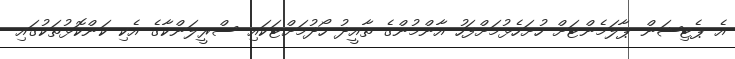
އެ ޕެޓިޝަން ޕާލަމެންޓަށް ހުށަހެޅުމަށްފަހު އާންމުންގެ ތާއީދު ހޯދުމަށްޓަކައި ސްރީލަންކާގެ އެކި ކަންކޮޅުތަކުގައި